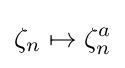
\zeta _{n}\mapsto \zeta _{n}^{a}